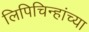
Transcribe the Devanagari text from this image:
लिपिचिन्हांच्या